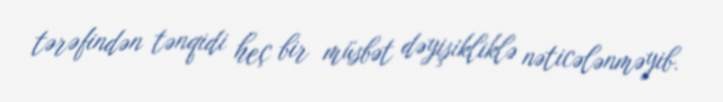
tərəfindən tənqidi heç bir müsbət dəyişikliklə nəticələnməyib.